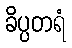
ခိပ္ပတရံ